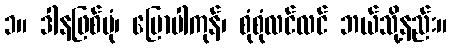
၁။ ဒါနဖြစ်ပုံ၊ ပြောပါကုန်၊ စုံစုံလင်လင် ဘယ်သို့နည်း။